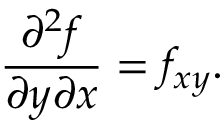
{ \frac { \partial ^ { 2 } f } { \partial y \partial x } } = f _ { x y } .